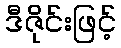
ဒီဇိုင်းဖြင့်